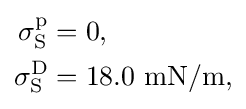
{\begin{aligned}\sigma _{\text{S}}^{\text{p}}&=0,\\\sigma _{\text{S}}^{\text{D}}&=18.0~{\text{mN}}/{\text{m}},\end{aligned}}